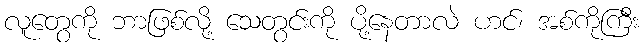
လူတွေကို ဘာဖြစ်လို့ သေတွင်းကို ပို့နေတာလဲ ဟင်၊ အစ်ကိုကြီး